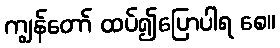
ကျွန်တော် ထပ်၍ပြောပါရ စေ။